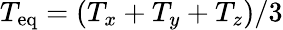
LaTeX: T_{\mathrm{eq}}=(T_{x}+T_{y}+T_{z})/3